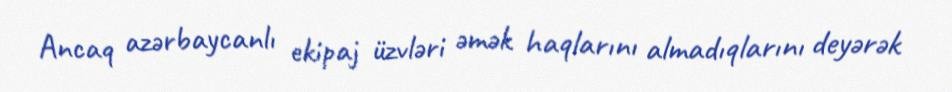
Ancaq azərbaycanlı ekipaj üzvləri əmək haqlarını almadıqlarını deyərək